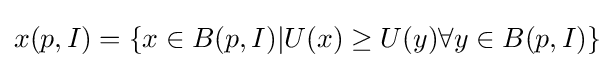
x(p,I)=\{x\in B(p,I)|U(x)\geq U(y)\forall y\in B(p,I)\}